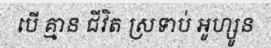
បើ គ្មាន ជីវិត ស្រទាប់ អូហ្សូន